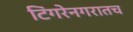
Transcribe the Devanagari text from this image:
टिंगरेनगरातच